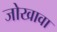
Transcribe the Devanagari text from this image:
जोखावा